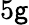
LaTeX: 5\mathsf{g}